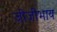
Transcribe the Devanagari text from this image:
जीजीभाय